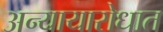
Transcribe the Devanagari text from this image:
अन्यायारोधात